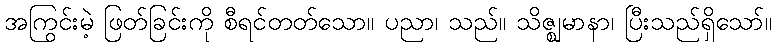
အကြွင်းမဲ့ ဖြတ်ခြင်းကို စီရင်တတ်သော။ ပညာ၊ သည်။ သိဇ္ဈမာနာ၊ ပြီးသည်ရှိသော်။